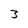
Character: 3